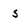
Character: 5